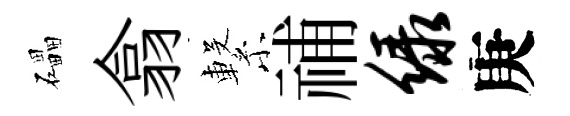
礧翕繋𥙷绿庚